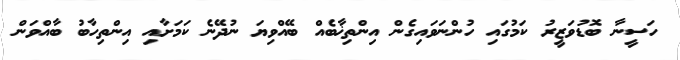
ހަސީނާ ބޮޑުވަޒީރު ކަމުގައި ހުންނަވައިގެން އިންތިޚާބެއް ބޭއްވިޔަ ނުދޭނެ ކަމަށާއި އިންތިހާބު ބާއްވަން